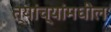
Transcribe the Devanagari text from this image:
त्यांच्यांमधील